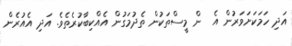
އަދި ހަމަކަށަވަރުން އެ  ން މީސްތަކުން ތެދުމަގުން އެއްކިބާކުރެތެވެ. އަދި އެއުރެން